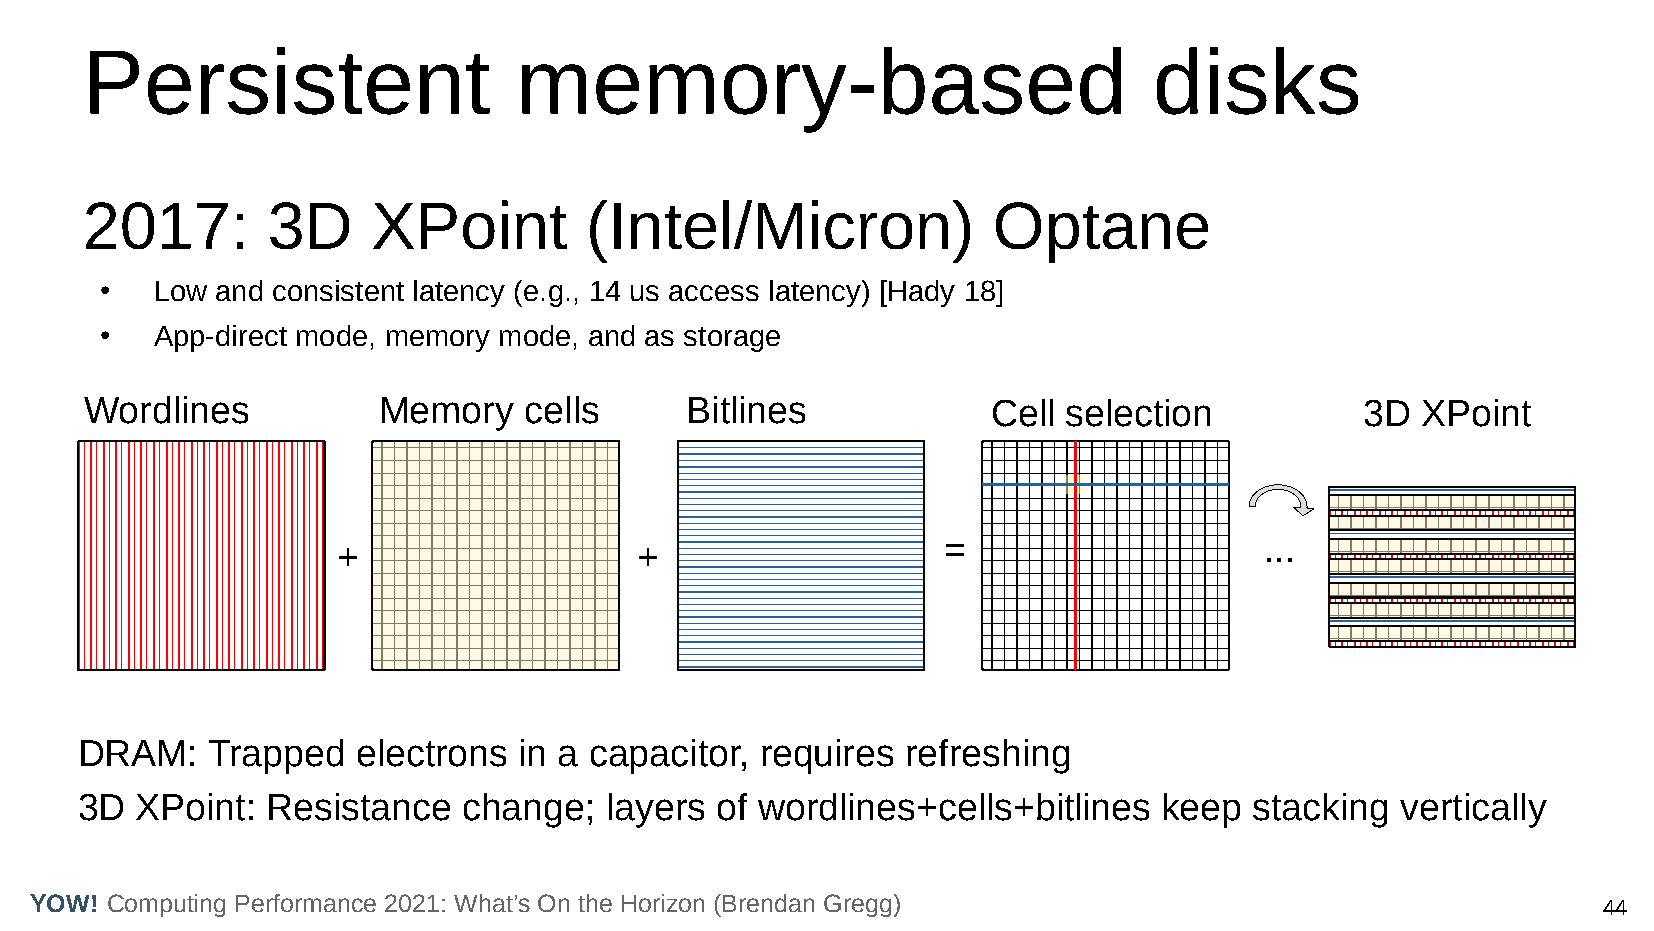
Persistent                   memory-based                              disks
 2017:        3D     XPoint        (Intel/Micron)             Optane
 ●  Low and consistent latency (e.g., 14 us access latency) [Hady 18]
 ●  App-direct mode, memory mode, and as storage
 Wordlines          Memory    cells     Bitlines             Cell selection          3D  XPoint
 =                    ...
 +                   +
 DRAM:    Trapped   electrons in a capacitor, requires  refreshing
 3D  XPoint:  Resistance   change;  layers of wordlines+cells+bitlines   keep  stacking  vertically
 YOW! Computing Performance 2021: What’s On the Horizon (Brendan Gregg)                                  44